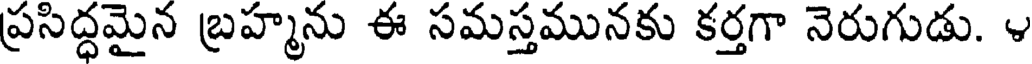
ప్రసిద్ధమైన బ్రహ్మను ఈ సమస్తమునకు కర్తగా నెరుగుడు. ౪